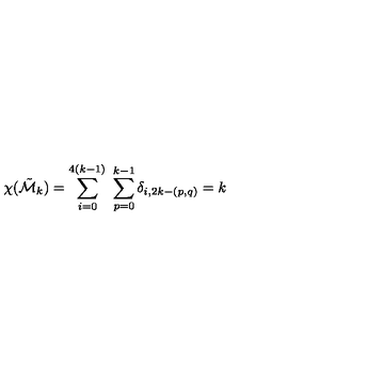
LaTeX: \chi ( \tilde { \cal M } _ { k } ) = \sum _ { i = 0 } ^ { 4 ( k - 1 ) } \ \sum _ { p = 0 } ^ { k - 1 } \delta _ { i , 2 k - ( p , q ) } = k